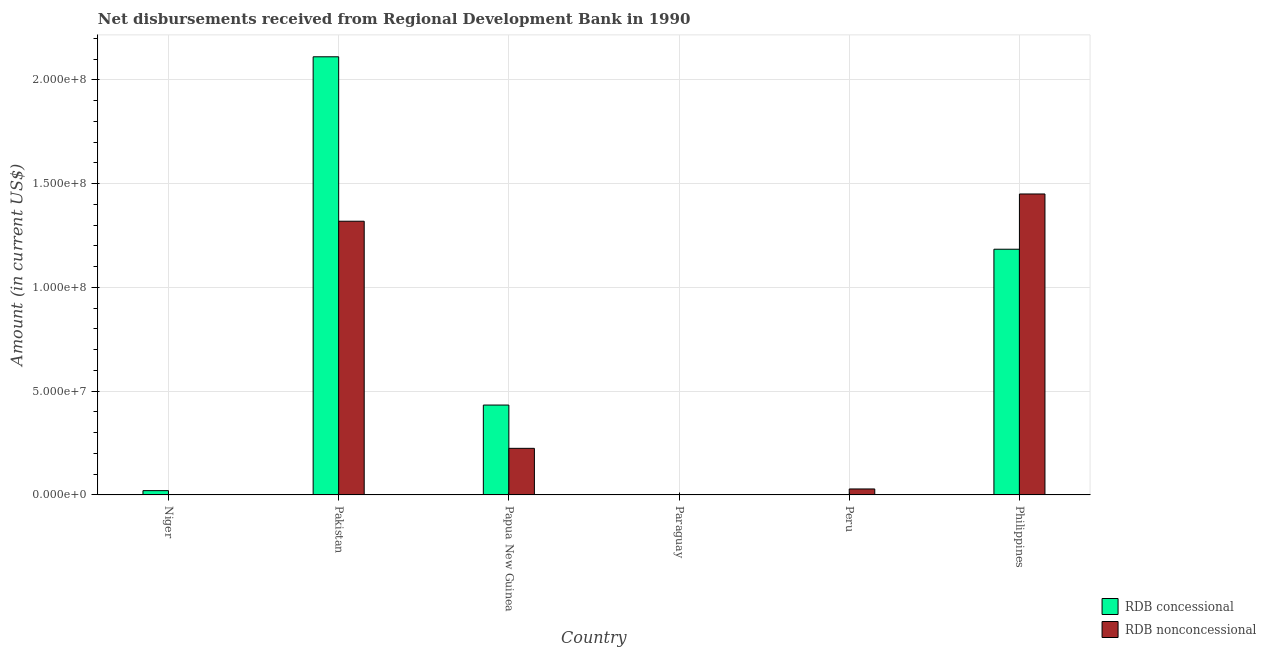
| Country | RDB concessional | RDB nonconcessional |
 | --- | --- | --- |
 | Niger | 2.07e+06 | -7.39e+05 |
 | Pakistan | 2.11e+08 | 1.32e+08 |
 | Papua New Guinea | 4.33e+07 | 2.25e+07 |
 | Paraguay | -1.21e+06 | -1.3e+07 |
 | Peru | -7.3e+04 | 2.88e+06 |
 | Philippines | 1.18e+08 | 1.45e+08 |